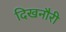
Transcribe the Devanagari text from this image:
दिखनौरी